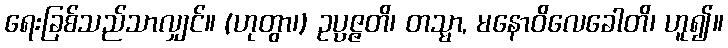
ရေးခြစ်သည်သာလျှင်။ (ဟုတွာ၊) ဥပ္ပဇ္ဇတိ၊ တသ္မာ, မနောဝိလေခေါတိ၊ ဟူ၍။